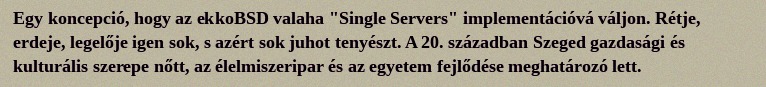
Egy koncepció, hogy az ekkoBSD valaha "Single Servers" implementációvá váljon. Rétje, erdeje, legelője igen sok, s azért sok juhot tenyészt. A 20. században Szeged gazdasági és kulturális szerepe nőtt, az élelmiszeripar és az egyetem fejlődése meghatározó lett.